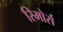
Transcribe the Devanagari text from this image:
रिमोर्स